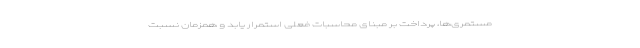
مستمری‌ها، پرداخت بر مبنای محاسبات فعلی استمرار یابد و همزمان نسبت